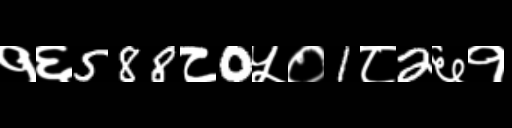
Text: १६588८0५०1८2६१